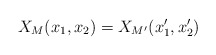
\begin{align*}X_M(x_1, x_2) = X_{M'}(x_1', x_2')\end{align*}